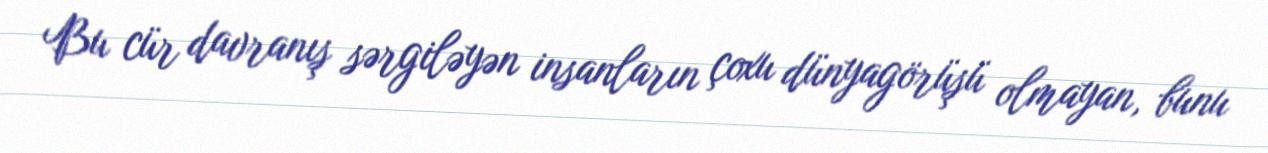
Bu cür davranış sərgiləyən insanların çoxu dünyagörüşü olmayan, bunu